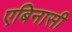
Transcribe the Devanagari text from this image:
एबिनासी